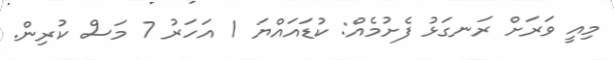
މިއީ ވަރަށް ރަނގަޅު ފެށުމެއް: ކުޑައައްޔަ 1 އަހަރު 7 މަސް ކުރިން.